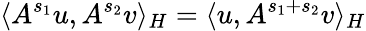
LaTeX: \langle A^{s_{1}}u,A^{s_{2}}v\rangle_{H}=\langle u,A^{s_{1}+s_{2}}v\rangle_{H}